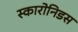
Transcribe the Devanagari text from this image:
स्कारोनिडस